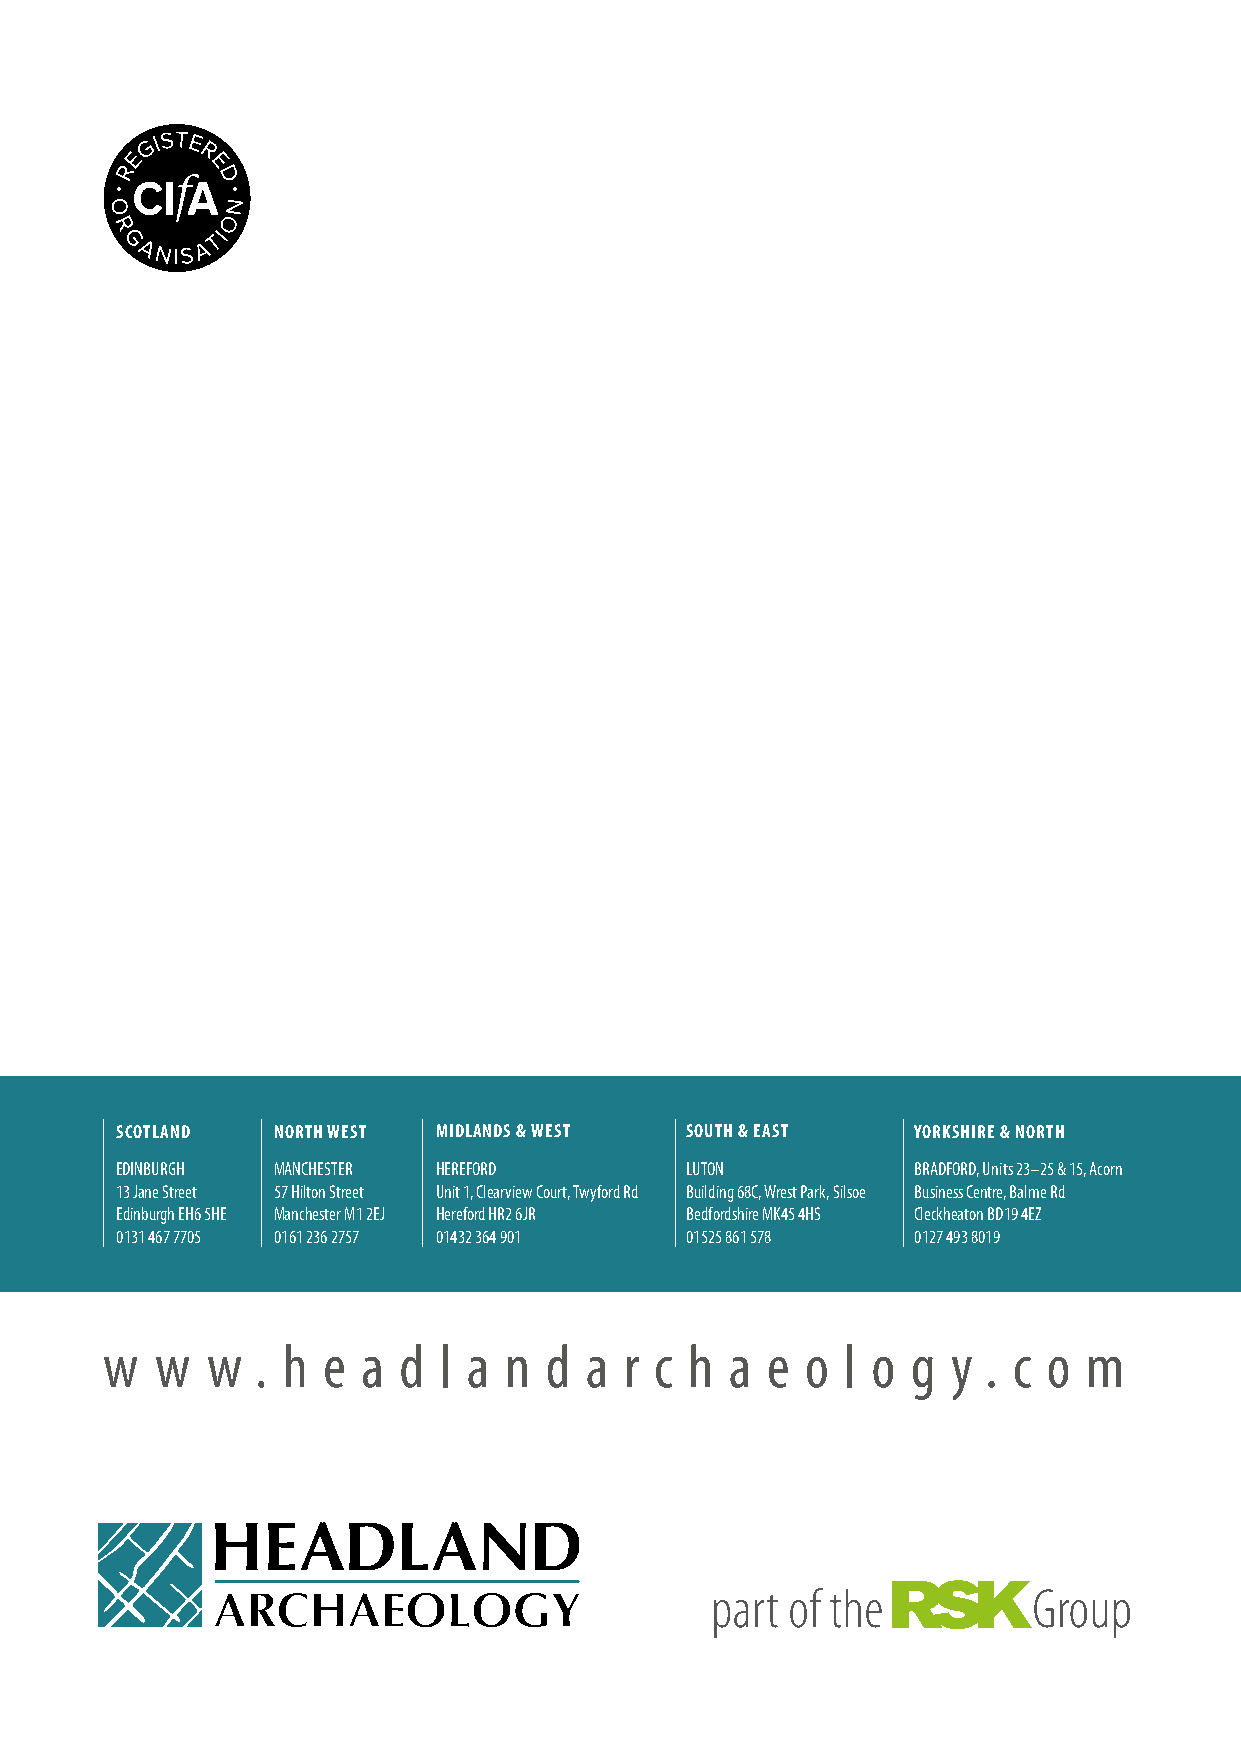
SCOTLAND  NORTH WEST MIDLANDS & WEST SOUTH & EAST   YORKSHIRE & NORTH
 EDINBURGH MANCHESTER HEREFORD        LUTON          BRADFORD, Units 23–25 & 15, Acorn
 13 Jane Street 57 Hilton Street Unit 1, Clearview Court, Twyford Rd Building 68C, Wrest Park, Silsoe Business Centre, Balme Rd
 Edinburgh EH6 5HE Manchester M1 2EJ Hereford HR2 6JR Bedfordshire MK45 4HS Cleckheaton BD19 4EZ
 0131 467 7705 0161 236 2757 01432 364 901 01525 861 578 0127 493 8019
 w  w   w  . h e  a d  l a n  d  a r c  h a  e o  l o g  y . c o  m